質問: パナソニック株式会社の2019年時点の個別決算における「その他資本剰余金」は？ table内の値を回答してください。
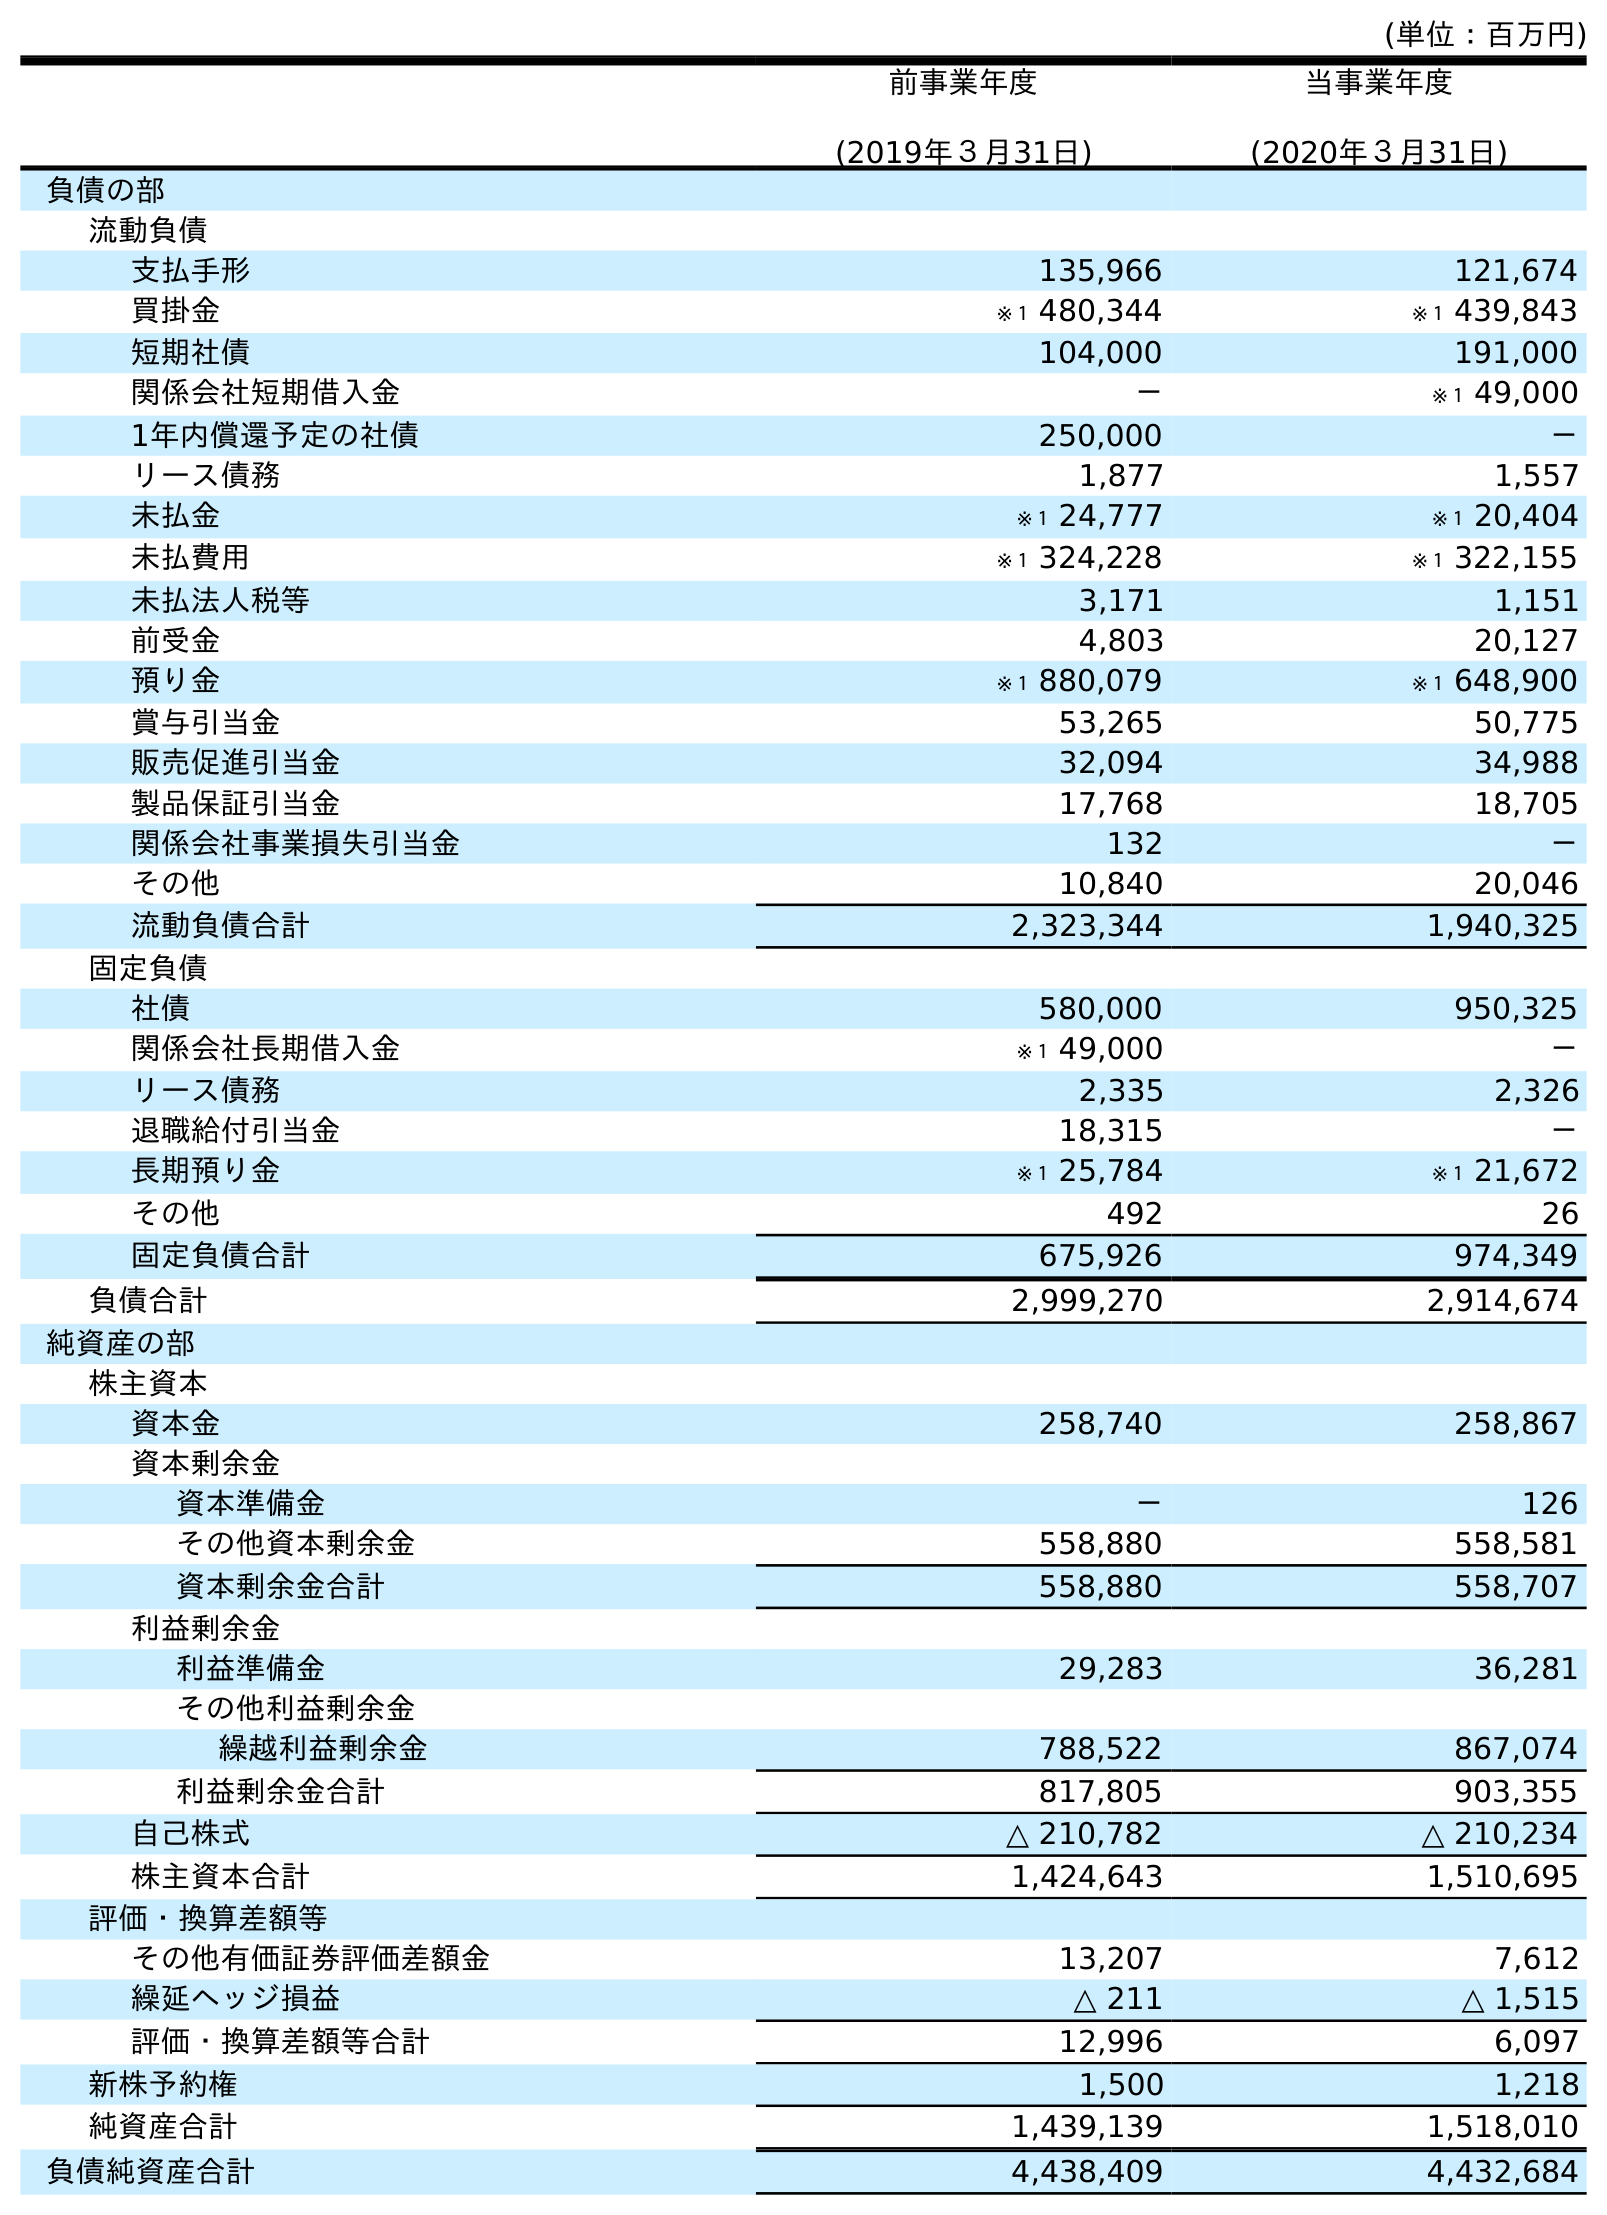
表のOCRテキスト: (単位：百万円) 前事業年度 (2019年３月31日) 当事業年度 (2020年３月31日) 負債の部 流動負債 支払手形 135,966 121,674 買掛金 ※１ 480,344 ※１ 439,843 短期社債 104,000 191,000 関係会社短期借入金 － ※１ 49,000 1年内償還予定の社債 250,000 － リース債務 1,877 1,557 未払金 ※１ 24,777 ※１ 20,404 未払費用 ※１ 324,228 ※１ 322,155 未払法人税等 3,171 1,151 前受金 4,803 20,127 預り金 ※１ 880,079 ※１ 648,900 賞与引当金 53,265 50,775 販売促進引当金 32,094 34,988 製品保証引当金 17,768 18,705 関係会社事業損失引当金 132 － その他 10,840 20,046 流動負債合計 2,323,344 1,940,325 固定負債 社債 580,000 950,325 関係会社長期借入金 ※１ 49,000 － リース債務 2,335 2,326 退職給付引当金 18,315 － 長期預り金 ※１ 25,784 ※１ 21,672 その他 492 26 固定負債合計 675,926 974,349 負債合計 2,999,270 2,914,674 純資産の部 株主資本 資本金 258,740 258,867 資本剰余金 資本準備金 － 126 その他資本剰余金 558,880 558,581 資本剰余金合計 558,880 558,707 利益剰余金 利益準備金 29,283 36,281 その他利益剰余金 繰越利益剰余金 788,522 867,074 利益剰余金合計 817,805 903,355 自己株式 △ 210,782 △ 210,234 株主資本合計 1,424,643 1,510,695 評価・換算差額等 その他有価証券評価差額金 13,207 7,612 繰延ヘッジ損益 △ 211 △ 1,515 評価・換算差額等合計 12,996 6,097 新株予約権 1,500 1,218 純資産合計 1,439,139 1,518,010 負債純資産合計 4,438,409 4,432,684
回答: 558,880